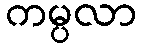
ကမ္ပလာ